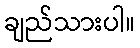
ချည်သားပါ။